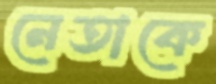
নেতাকে